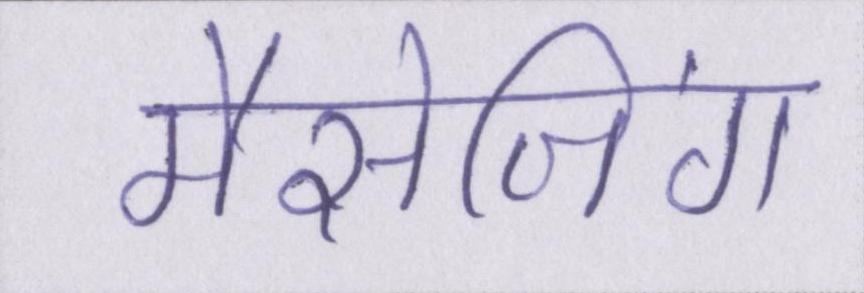
मैसेजिंग